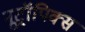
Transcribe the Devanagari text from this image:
नूट्रॉपिक्स